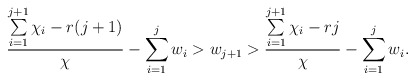
\begin{align*} \frac{\sum\limits_{i=1}^{j+1}\chi_i - r(j+1)}{\chi} - \sum\limits_{i=1}^jw_i > w_{j+1} > \frac{\sum\limits_{i=1}^{j+1}\chi_i - rj}{\chi}-\sum\limits_{i=1}^jw_i. \end{align*}